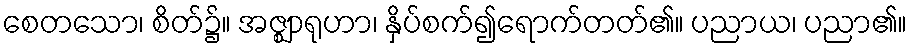
စေတသော၊ စိတ်၌။ အဇ္ဈာရုဟာ၊ နှိပ်စက်၍ရောက်တတ်၏။ ပညာယ၊ ပညာ၏။